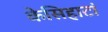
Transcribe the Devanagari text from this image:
केसिहाटां